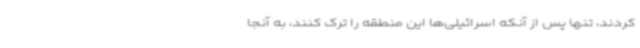
کردند، تنها پس از آنکه اسرائیلی‌ها این منطقه را ترک کنند، به آنجا